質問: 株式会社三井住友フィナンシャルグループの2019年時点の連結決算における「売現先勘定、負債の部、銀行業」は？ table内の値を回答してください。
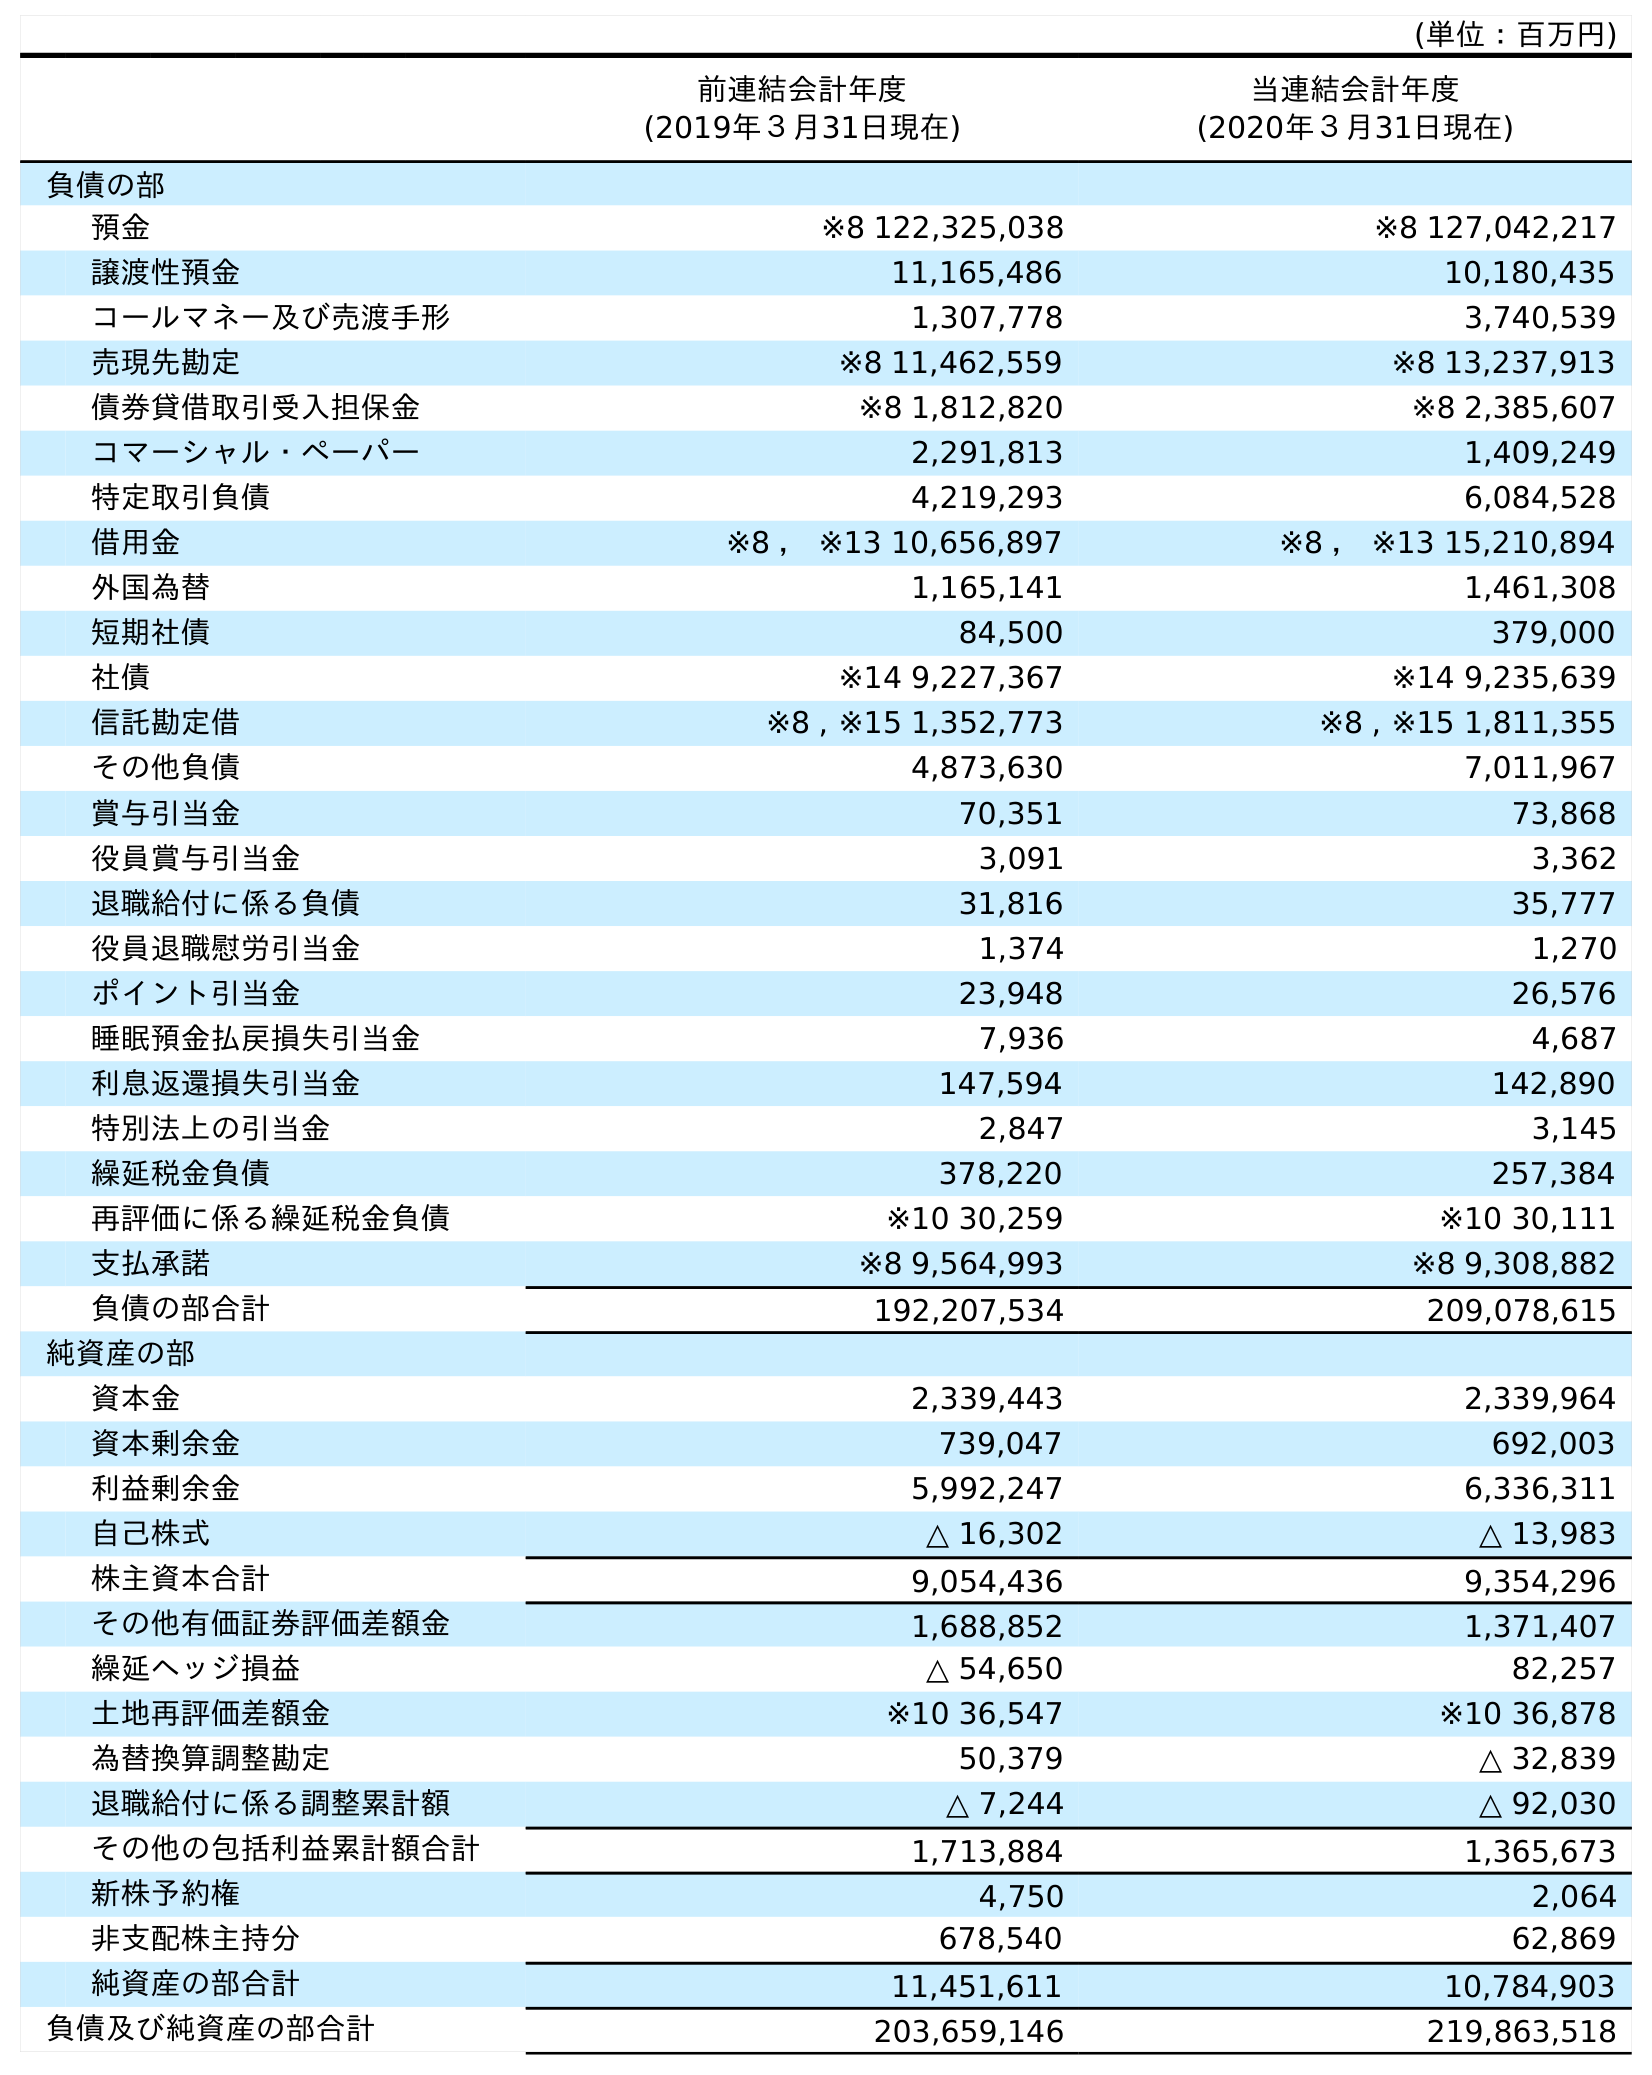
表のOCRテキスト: (単位：百万円) 前連結会計年度 (2019年３月31日現在) 当連結会計年度 (2020年３月31日現在) 負債の部 預金 ※8 122,325,038 ※8 127,042,217 譲渡性預金 11,165,486 10,180,435 コールマネー及び売渡手形 1,307,778 3,740,539 売現先勘定 ※8 11,462,559 ※8 13,237,913 債券貸借取引受入担保金 ※8 1,812,820 ※8 2,385,607 コマーシャル・ペーパー 2,291,813 1,409,249 特定取引負債 4,219,293 6,084,528 借用金 ※8 ， ※13 10,656,897 ※8 ， ※13 15,210,894 外国為替 1,165,141 1,461,308 短期社債 84,500 379,000 社債 ※14 9,227,367 ※14 9,235,639 信託勘定借 ※8 , ※15 1,352,773 ※8 , ※15 1,811,355 その他負債 4,873,630 7,011,967 賞与引当金 70,351 73,868 役員賞与引当金 3,091 3,362 退職給付に係る負債 31,816 35,777 役員退職慰労引当金 1,374 1,270 ポイント引当金 23,948 26,576 睡眠預金払戻損失引当金 7,936 4,687 利息返還損失引当金 147,594 142,890 特別法上の引当金 2,847 3,145 繰延税金負債 378,220 257,384 再評価に係る繰延税金負債 ※10 30,259 ※10 30,111 支払承諾 ※8 9,564,993 ※8 9,308,882 負債の部合計 192,207,534 209,078,615 純資産の部 資本金 2,339,443 2,339,964 資本剰余金 739,047 692,003 利益剰余金 5,992,247 6,336,311 自己株式 △ 16,302 △ 13,983 株主資本合計 9,054,436 9,354,296 その他有価証券評価差額金 1,688,852 1,371,407 繰延ヘッジ損益 △ 54,650 82,257 土地再評価差額金 ※10 36,547 ※10 36,878 為替換算調整勘定 50,379 △ 32,839 退職給付に係る調整累計額 △ 7,244 △ 92,030 その他の包括利益累計額合計 1,713,884 1,365,673 新株予約権 4,750 2,064 非支配株主持分 678,540 62,869 純資産の部合計 11,451,611 10,784,903 負債及び純資産の部合計 203,659,146 219,863,518
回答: ※811,462,559